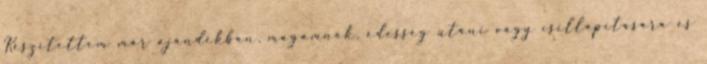
Készítettem már ajándékban, magamnak, édesség utáni vágy csillapítására és